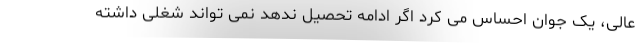
عالی، یک جوان احساس می کرد اگر ادامه تحصیل ندهد نمی تواند شغلی داشته